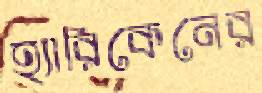
হ্যারিকেনের